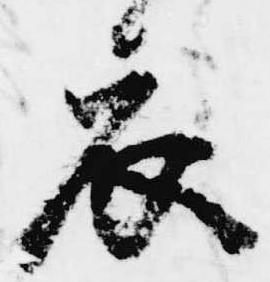
衣